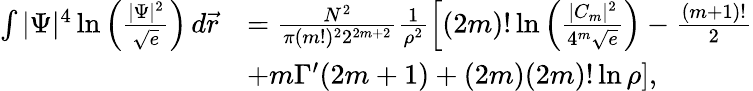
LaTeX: \begin{array}{rl}{\int|\Psi|^{4}\ln\left(\frac{|\Psi|^{2}}{\sqrt{e}}\right)\, d\vec{r}}&{=\frac{N^{2}}{\pi(m!)^{2}2^{2m+2}}\frac{1}{\rho^{2}}\left[(2m)!\ln\left(\frac{|C_{m}|^{2}}{4^{m}\sqrt{e}}\right)-\frac{(m+1)!}{2}\right.}\\ &{\left.+m\Gamma^{\prime}(2m+1)+(2m)(2m)!\ln\rho\right],}\end{array}